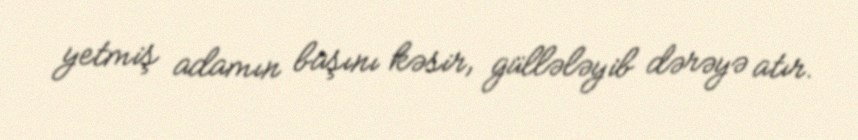
yetmiş adamın başını kəsir, güllələyib dərəyə atır.